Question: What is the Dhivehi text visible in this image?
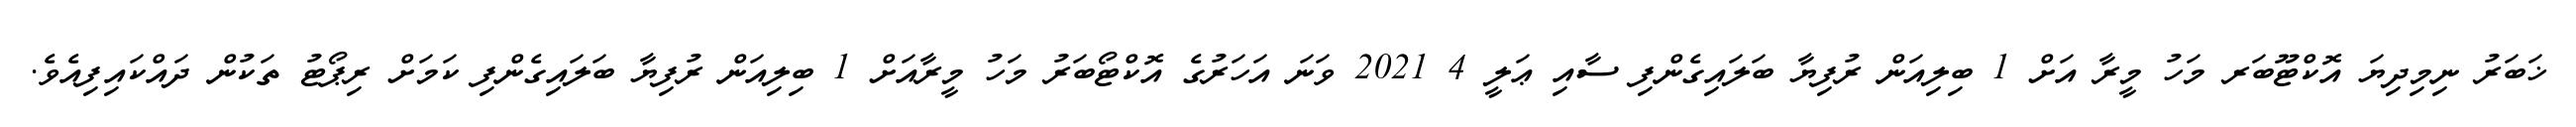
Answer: ޚަބަރު ނިމިދިޔަ އޮކްޓޫބަރ މަހު މީރާ އަށް 1 ބިލިއަން ރުފިޔާ ބަލައިގެންފި ސާއި ޢަލީ 4 2021 ވަނަ އަހަރުގެ އޮކްޓޯބަރު މަހު މީރާއަށް 1 ބިލިއަން ރުފިޔާ ބަލައިގެންފި ކަމަށް ރިޕޯޓު ތަކުން ދައްކައިފިއެވެ.